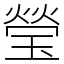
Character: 瑩